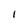
Character: I